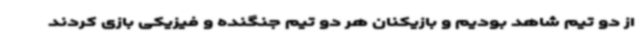
از دو تیم شاهد بودیم و بازیکنان هر دو تیم جنگنده و فیزیکی بازی کردند